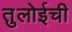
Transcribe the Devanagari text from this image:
तुलोईची